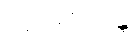
ပဗ္ဗာဇေယျုန္တိ